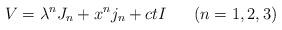
LaTeX: \begin{align*} V = \lambda^nJ_n + x^nj_n + ct I ~~~~~ (n = 1, 2, 3)\end{align*}